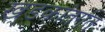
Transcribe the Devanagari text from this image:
खडकांतर्गत